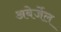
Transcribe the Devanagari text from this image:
अबेर्जेल